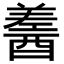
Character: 𨢚